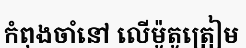
កំពុងចាំនៅ លើម៉ូតូត្រៀម